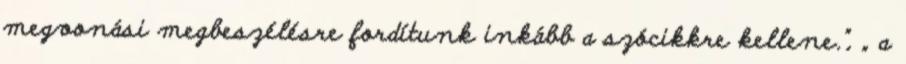
megvonási megbeszélésre fordítunk inkább a szócikkre kellene.”, „ a